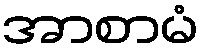
အာစာမံ